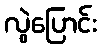
လွဲပြောင်း